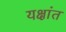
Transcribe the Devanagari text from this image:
यक्षांत